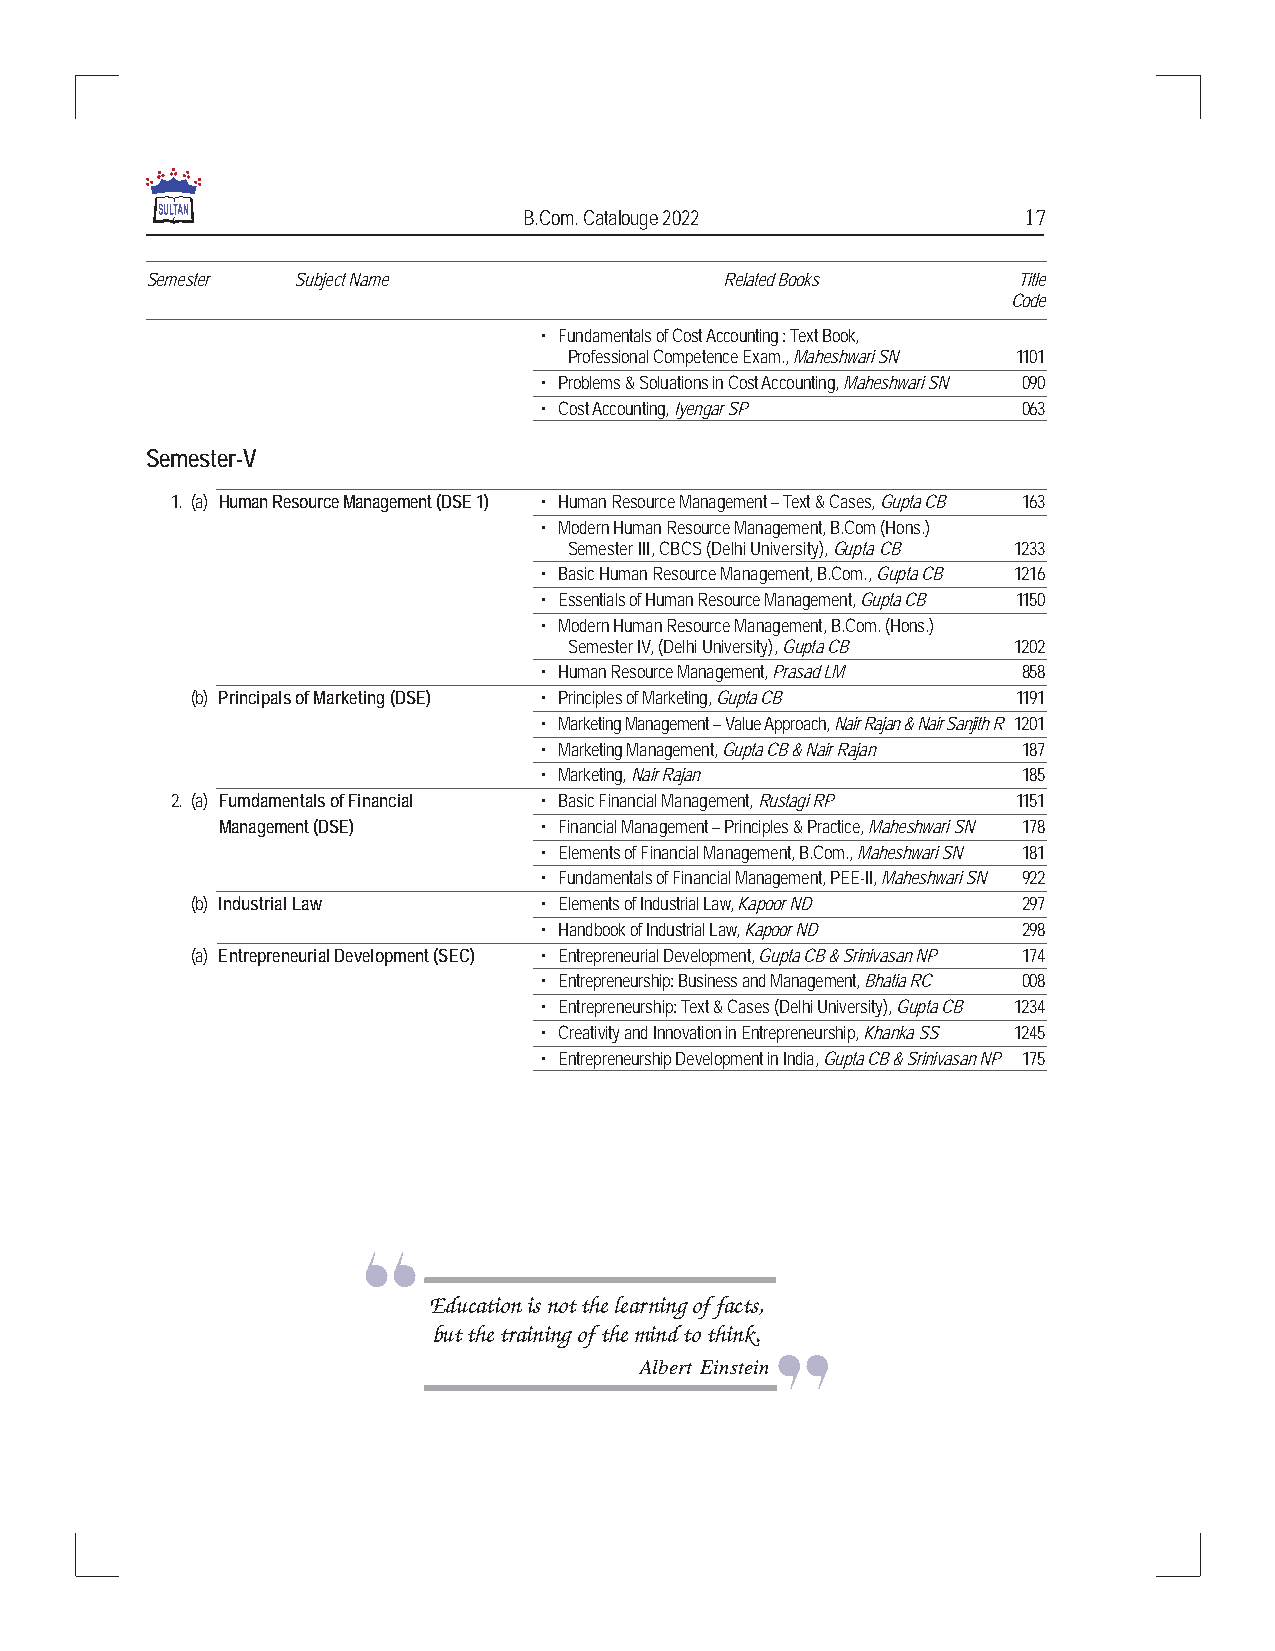
B.Com. Catalouge 2022            17
 Semester Subject Name                 Related Books      Title
 Code
 M
 a
 • Fundamentals of Cost Accounting : Text Book, n
 a
 Professional Competence Exam., Maheshwari SN 1101 eg
 m
 • Problems & Soluations in Cost Accounting, Maheshwari SN 090 e
 n
 • Cost Accounting, Iyengar SP   063  t
 Semester-V
 1. (a) Human Resource Management (DSE 1) • Human Resource Management – Text & Cases, Gupta CB 163
 • Modern Human Resource Management, B.Com (Hons.)
 Semester III, CBCS (Delhi University), Gupta CB 1233
 • Basic Human Resource Management, B.Com., Gupta CB 1216
 • Essentials of Human Resource Management, Gupta CB 1150
 • Modern Human Resource Management, B.Com. (Hons.)
 Semester IV, (Delhi University), Gupta CB 1202
 • Human Resource Management, Prasad LM 858
 (b) Principals of Marketing (DSE) • Principles of Marketing, Gupta CB 1191
 • Marketing Management – Value Approach, Nair Rajan & Nair Sanjith R 1201
 • Marketing Management, Gupta CB & Nair Rajan 187
 • Marketing, Nair Rajan         185
 2. (a) Fumdamentals of Financial • Basic Financial Management, Rustagi RP 1151
 Management (DSE)      • Financial Management – Principles & Practice, Maheshwari SN 178
 • Elements of Financial Management, B.Com., Maheshwari SN 181
 • Fundamentals of Financial Management, PEE-II, Maheshwari SN 922
 (b) Industrial Law     • Elements of Industrial Law, Kapoor ND 297
 • Handbook of Industrial Law, Kapoor ND 298
 (a) Entrepreneurial Development (SEC) • Entrepreneurial Development, Gupta CB & Srinivasan NP 174
 • Entrepreneurship: Business and Management, Bhatia RC 008
 • Entrepreneurship: Text & Cases (Delhi University), Gupta CB 1234
 • Creativity and Innovation in Entrepreneurship, Khanka SS 1245
 • Entrepreneurship Development in India, Gupta CB & Srinivasan NP 175
 Education is not the learning of facts,
 but the training of the mind to think.
 Albert Einstein